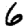
Digit: 6